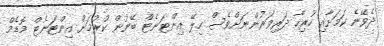
ދެވޭނެ ކަމަށާއި ހުރިހާ ދަރިވަރުންނަށްވެސް ހިލޭ އިންޓަނެޓް ބޭނުން ކުރުމަށް އިންޓަނެޓް މޮޑެމް